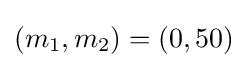
(m_{1},m_{2})=(0,50)